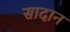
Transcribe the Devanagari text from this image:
सादान